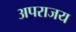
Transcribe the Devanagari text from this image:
अपराजय